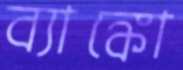
ব্যাঙ্কো